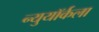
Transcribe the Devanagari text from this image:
न्युयॉर्कला